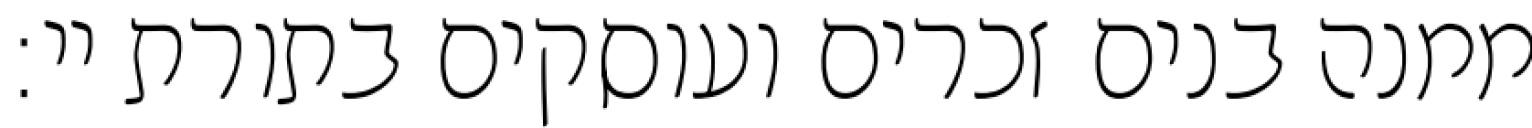
ממנה בנים זכרים ועוסקים בתורת יי: